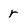
Character: r